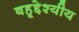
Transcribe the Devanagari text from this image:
बहूद्देश्यीय